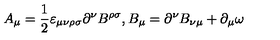
A _ { \mu } = \frac { 1 } { 2 } { \varepsilon } _ { \mu \nu \rho \sigma } \partial ^ { \nu } B ^ { \rho \sigma } , B _ { \mu } = \partial ^ { \nu } B _ { \nu \mu } + \partial _ { \mu } \omega